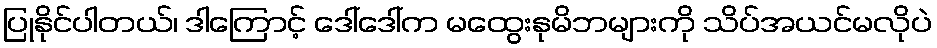
ပြုနိုင်ပါတယ်၊ ဒါကြောင့် ဒေါ်ဒေါ်က မထွေးနုမိဘများကို သိပ်အယင်မလိုပဲ